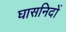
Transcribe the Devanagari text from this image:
घासनिदों